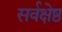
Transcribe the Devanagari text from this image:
सर्वक्षेष्ठ